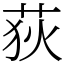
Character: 荻